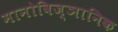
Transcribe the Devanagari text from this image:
मानोविज्ञानिक